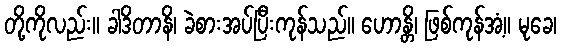
တို့ကိုလည်း။ ခါဒိတာနိ၊ ခဲစားအပ်ပြီးကုန်သည်။ ဟောန္တိ၊ ဖြစ်ကုန်အံ့။ မုခေ၊